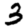
Digit: 3